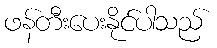
ဖန်တီးပေးနိုင်ပါသည်